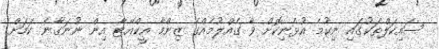
ސައިކަލްތަކުގައި ނިކުމެ އުޅެނިކޮށް ވާ ގެއްލުމެއްގެ ޒިންމާ އީކްއޭޓާ އިން ނުނަގާނެ ކަމަށް